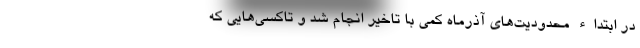
در ابتداء محدودیت‌های آذرماه کمی با تاخیر انجام شد و تاکسی‌هایی که